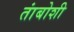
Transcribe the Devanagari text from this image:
तांबोशी